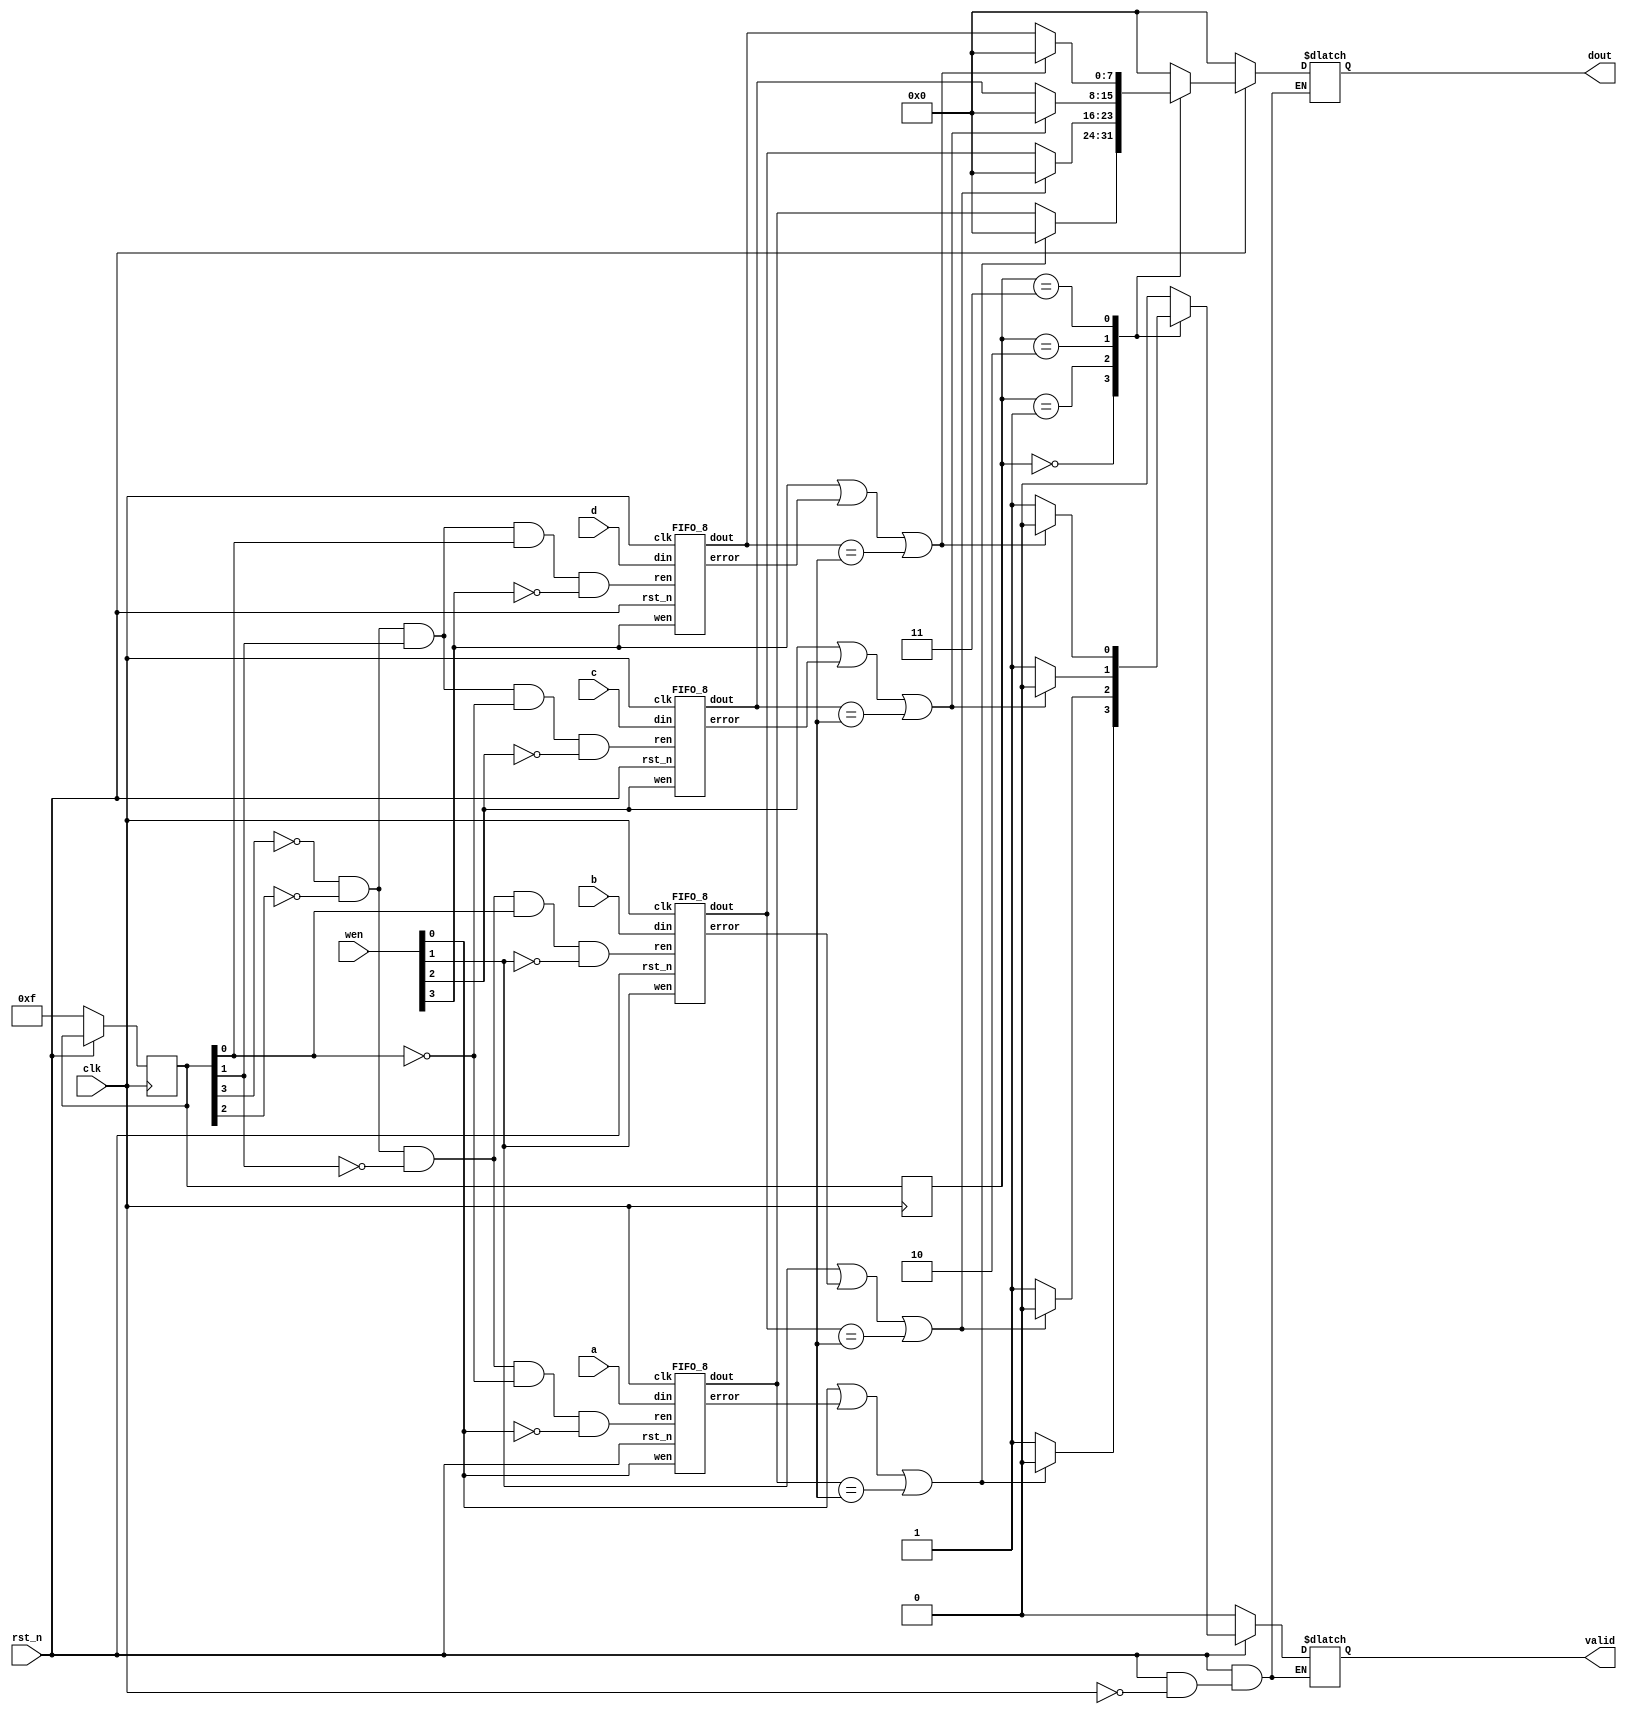
`timescale 1ns/1ps

module Round_Robin_FIFO_Arbiter(clk, rst_n, wen, a, b, c, d, dout, valid);
    input clk;
    input rst_n;
    input [4-1:0] wen;
    input [8-1:0] a, b, c, d;
    output [8-1:0] dout;
    output valid;

    //make wires for read enable.
    reg [4-1:0] read_enable =4'b1111, clock_count =4'b0000;
    reg [8-1:0] buffer_out;
    reg [4-1:0] printout,counter;
    wire [8-1:0] Fifo_Out_A, Fifo_Out_B, Fifo_Out_C, Fifo_Out_D;
    wire Fifo_ErrorA, Fifo_ErrorB,Fifo_ErrorC,Fifo_ErrorD; 
    reg buffer_valid;

    assign dout = buffer_out;
    assign valid = buffer_valid;

    FIFO_8 FIFO_A(clk, rst_n, wen[0], !read_enable[3]& !read_enable[2]& !read_enable[1] & !read_enable[0] &!wen[0], a,Fifo_Out_A, Fifo_ErrorA);
    FIFO_8 FIFO_B(clk, rst_n, wen[1], !read_enable[3]& !read_enable[2]& !read_enable[1] &  read_enable[0] &!wen[1], b,Fifo_Out_B, Fifo_ErrorB);
    FIFO_8 FIFO_C(clk, rst_n, wen[2], !read_enable[3]& !read_enable[2]&  read_enable[1] & !read_enable[0] &!wen[2], c,Fifo_Out_C, Fifo_ErrorC);
    FIFO_8 FIFO_D(clk, rst_n, wen[3], !read_enable[3]& !read_enable[2]&  read_enable[1] &  read_enable[0] &!wen[3], d,Fifo_Out_D, Fifo_ErrorD);

    always@(posedge clk) begin
        read_enable <= clock_count;
        printout <= read_enable;
        if(!rst_n) begin
            clock_count = 4'b0000;
            read_enable = 4'b1111;
        end
        else begin
            if(clock_count == 4'b0011) clock_count = 4'b0000;
            else clock_count <= clock_count +1;
        end
    end
    
    always @(*) begin
        if(rst_n == 1) begin
            if(clk) begin
                case(printout)
                    4'b0000: begin
                        if(wen[0] == 1 || Fifo_ErrorA ==1 || Fifo_Out_A == 8'bXXXXXXXX) begin
                            buffer_out = 0;
                            buffer_valid = 0;
                        end else begin
                            buffer_out = Fifo_Out_A;
                            buffer_valid = 1;
                        end
                    end
                    4'b0001: begin
                        if(wen[1] == 1 || Fifo_ErrorB ==1|| Fifo_Out_B == 8'bXXXXXXXX) begin
                            buffer_out = 0;
                            buffer_valid = 0;
                        end else begin
                            buffer_out =  Fifo_Out_B;
                            buffer_valid = 1;
                        end
                    end
                    4'b0010: begin
                        if(wen[2] == 1 || Fifo_ErrorC ==1|| Fifo_Out_C == 8'bXXXXXXXX) begin
                            buffer_out = 0;
                            buffer_valid = 0;
                        end else begin
                            buffer_out = Fifo_Out_C;
                            buffer_valid = 1;
                        end
                    end
                    4'b0011: begin
                        if(wen[3] == 1 || Fifo_ErrorD ==1|| Fifo_Out_D == 8'bXXXXXXXX) begin
                            buffer_out = 0;
                            buffer_valid = 0;
                        end else begin
                            buffer_out = Fifo_Out_D;
                            buffer_valid = 1;
                        end
                    end
                    default: begin
                        buffer_out =0;
                        buffer_valid = 0;
                    end 
                endcase
            end
        end else begin
            buffer_out =0;
            buffer_valid = 0;
        end
    end
endmodule


//`timescale 1ns/1ps

module FIFO_8(clk, rst_n, wen, ren, din, dout, error);
    input clk;
    input rst_n;
    input wen, ren;
    input [8-1:0] din;
    output [8-1:0] dout;
    output error;
    
    // 1 word 8 bits
    reg [8-1:0] fifo_data [8-1:0];
    reg [8-1:0]doutbuffer = 8'b0;
    reg errorbuffer = 8'b0;

    reg[4-1:0] read_addr=4'b0, write_addr=4'b0;
    assign dout = doutbuffer;
    assign error = errorbuffer;
    
    //assign fifo_data[0] = 8'b11111111;
    
    always@(posedge clk) begin
        if(rst_n == 0) begin
        //empty the fifo first, set dout and error to 0.
        errorbuffer <= 0;
        doutbuffer <= 8'b0;
        fifo_data[0] <= 8'b11111111; fifo_data[1] <= 8'b11111111;
        fifo_data[2] <= 8'b11111111; fifo_data[3] <= 8'b11111111;
        fifo_data[4] <= 8'b11111111; fifo_data[5] <= 8'b11111111;
        fifo_data[6] <= 8'b11111111; fifo_data[7] <= 8'b11111111;
        read_addr <= 4'b0000; write_addr <= 4'b0000;
        end else begin
        if(ren == 1 && wen == 0) begin
            if (fifo_data[read_addr] != 8'b11111111) begin
                doutbuffer <= fifo_data[read_addr];
                fifo_data[read_addr] <= 8'b11111111;
                read_addr <= (read_addr +1) % 8;
                errorbuffer <= 1'b0;
            end else begin
                doutbuffer <= 8'bXXXXXXXX;
                errorbuffer <= 1'b1;
            end
        end else if(ren == 0 && wen == 1) begin
            if (fifo_data[write_addr]== 8'b11111111) begin
                fifo_data[write_addr] <= din;
                write_addr <= (write_addr +1) %8;
                errorbuffer <= 1'b0;
            end else begin
                doutbuffer <= 8'bXXXXXXXX;
                errorbuffer <= 1'b1;
            end
        end else if(ren == 1 && wen == 1) begin
            if (fifo_data[read_addr] != 8'b11111111) begin
                doutbuffer <= fifo_data[read_addr];
                fifo_data[read_addr] <= 8'b11111111;
                read_addr <= (read_addr +1)%8;
                errorbuffer <= 1'b0;
            end else begin
                doutbuffer <= 8'bXXXXXXXX;
                errorbuffer <= 1'b1;
            end
        end
        
        end // close the big else
    end

endmodule